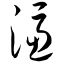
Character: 滤